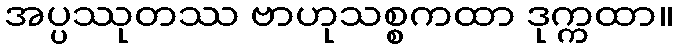
အပ္ပဿုတဿ ဗာဟုသစ္စကထာ ဒုက္ကထာ။